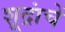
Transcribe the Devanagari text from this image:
शूद्रांचें